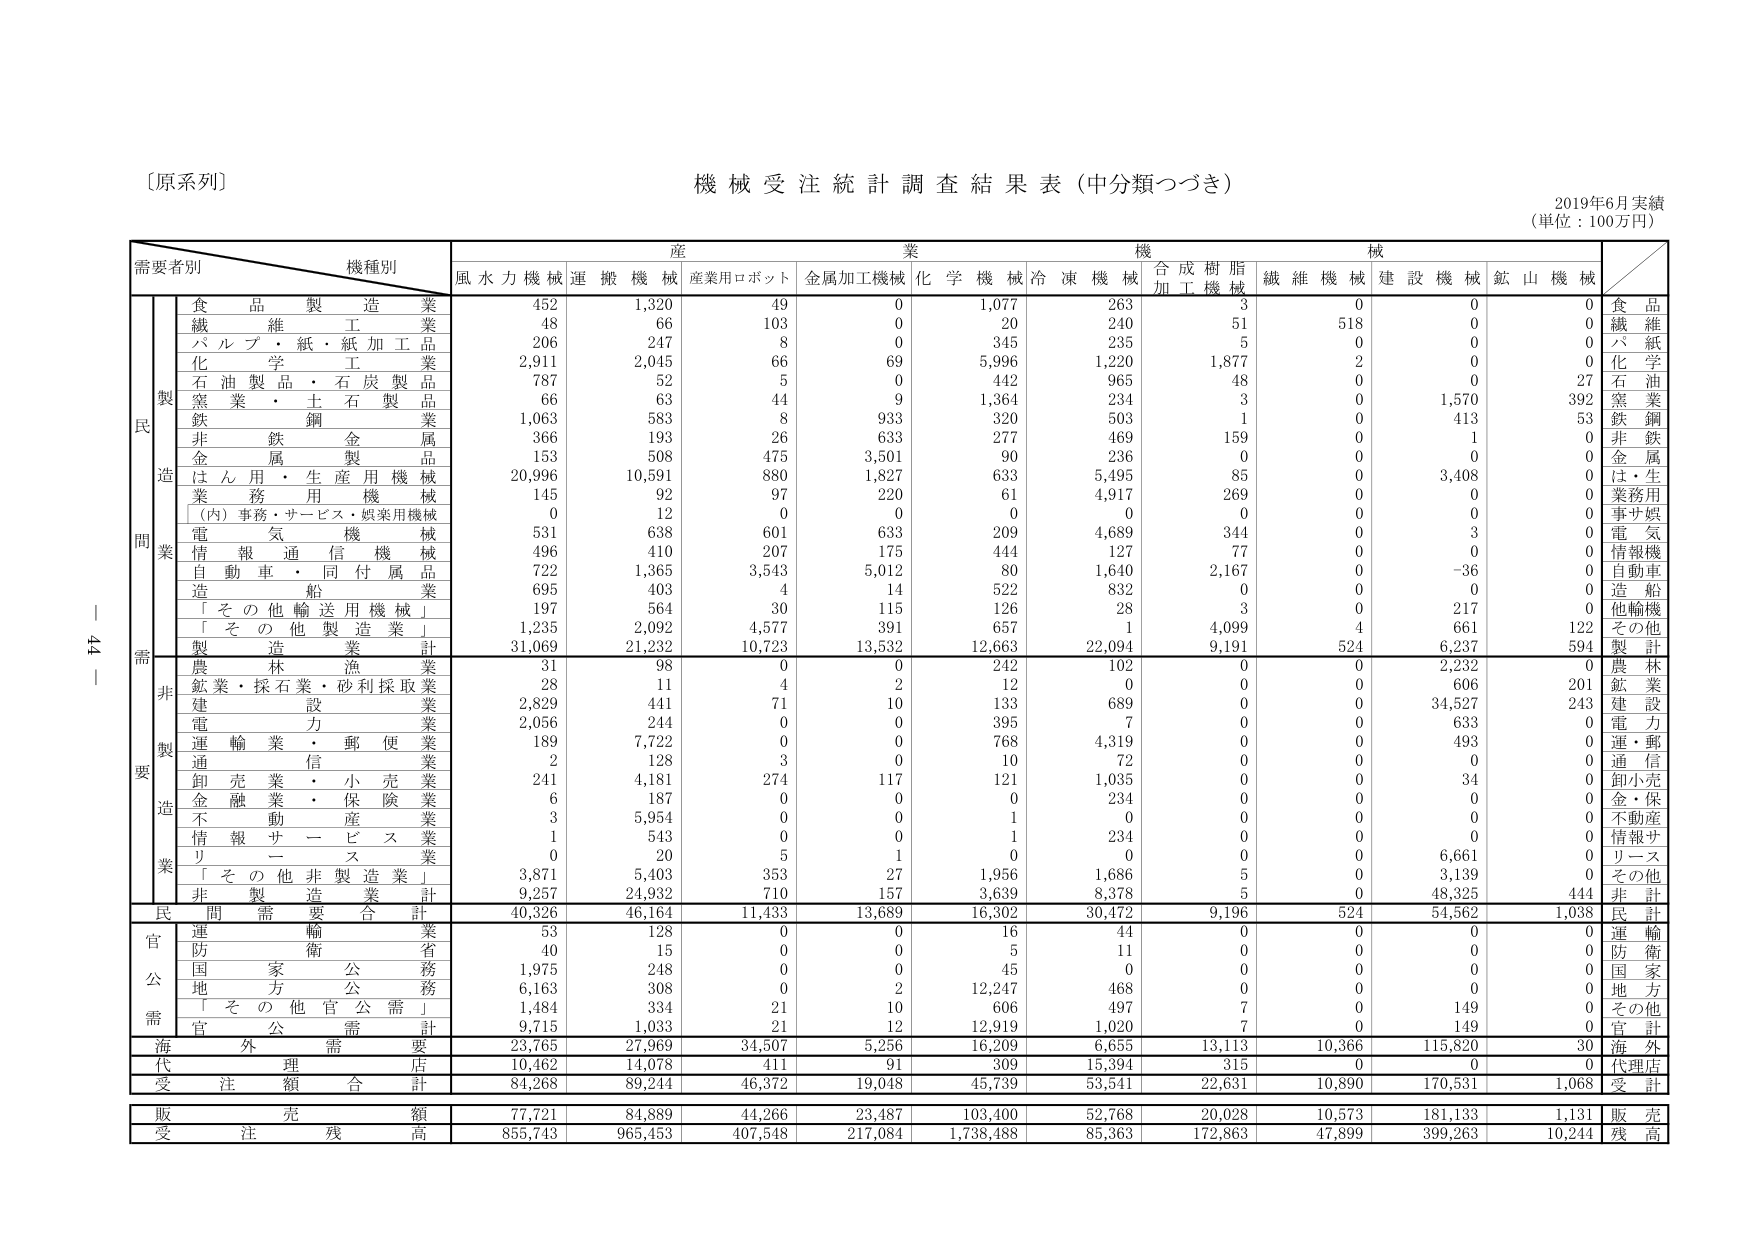
〔原系列〕
機械受注統計調査結果表（中分類つづき）
2019年6月実績
（単位：100万円）

需要者別　　機種別